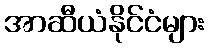
အာဆီယံနိုင်ငံများ